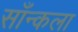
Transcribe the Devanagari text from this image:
साँन्कला